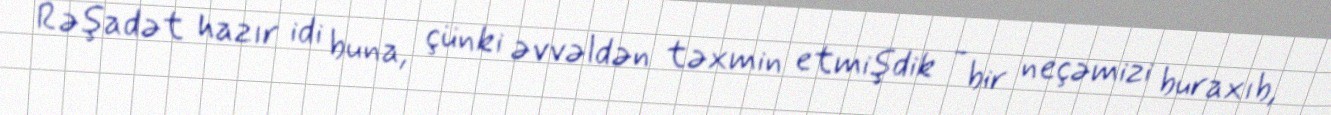
Rəşadət hazır idi buna, çünki əvvəldən təxmin etmişdik - bir neçəmizi buraxıb,